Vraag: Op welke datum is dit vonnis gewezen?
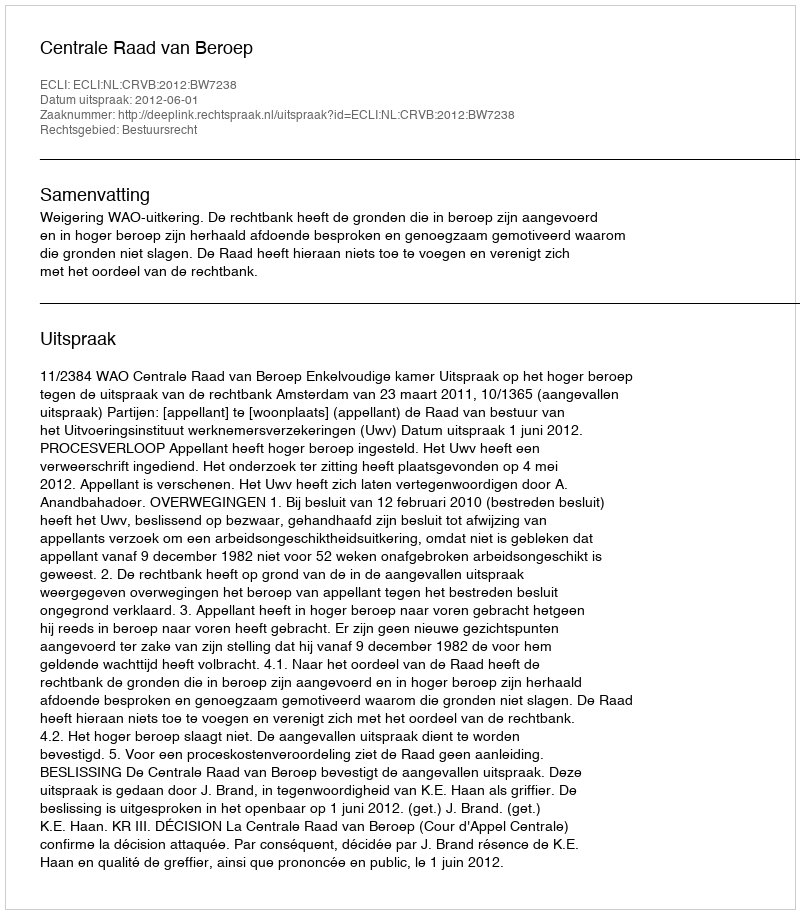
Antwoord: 2012-06-01